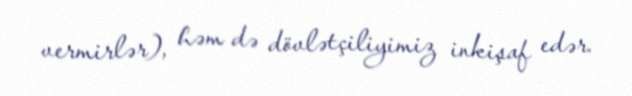
vermirlər), həm də dövlətçiliyimiz inkişaf edər.